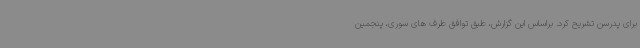
برای پدرسن تشریح کرد. براساس این گزارش، طبق توافق طرف های سوری، پنجمین